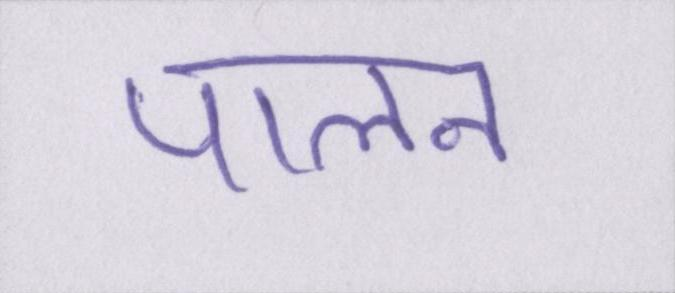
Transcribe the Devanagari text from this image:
पालन